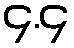
၄.၄